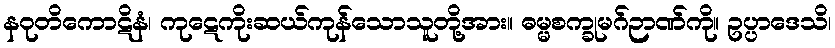
နဝုတိကောဋိနံ၊ ကုဋေကိုးဆယ်ကုန်သောသူတို့အား။ ဓမ္မစက္ခုမဂ်ဉာဏ်ကို။ ဥပ္ပာဒေသိ၊